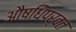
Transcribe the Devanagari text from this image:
औषधिपर्वत